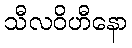
သီလဝိဟီနော